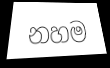
නහම